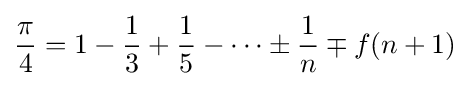
{\frac {\pi }{4}}=1-{\frac {1}{3}}+{\frac {1}{5}}-\cdots \pm {\frac {1}{n}}\mp f(n+1)